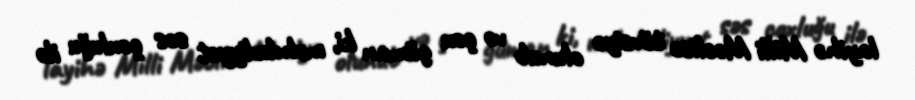
layihə Milli Məclisə tövsiyə olunub və çox güman ki, məhdudiyyət səs çoxluğu ilə